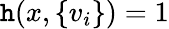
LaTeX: \mathtt{h}(x,\{ v_{i}\} )=1